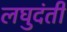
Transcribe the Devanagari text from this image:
लघुदंती